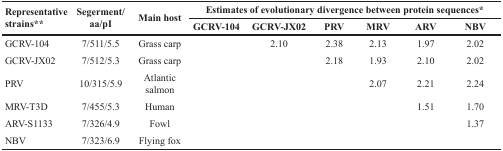
| <ROWSPAN=2> Representative strains** | <ROWSPAN=2> Segerment/aa/pI | <ROWSPAN=2> Main host | <COLSPAN=6> Estimates of evolutionary divergence between protein sequences* |
 | GCRV-104 | GCRV-JX02 | PRV | MRV | ARV | NBV |
 | --- | --- | --- | --- | --- | --- | --- | --- | --- |
 | GCRV-104 | 7/511/5.5 | Grass carp |  | 2.10 | 2.38 | 2.13 | 1.97 | 2.02 |
 | GCRV-JX02 | 7/512/5.3 | Grass carp |  |  | 2.18 | 1.93 | 2.10 | 2.02 |
 | PRV | 10/315/5.9 | Atlantic salmon |  |  |  | 2.07 | 2.21 | 2.24 |
 | MRV-T3D | 7/455/5.3 | Human |  |  |  |  | 1.51 | 1.70 |
 | ARV-S1133 | 7/326/4.9 | Fowl |  |  |  |  |  | 1.37 |
 | NBV | 7/323/6.9 | Flying fox |  |  |  |  |  |  |